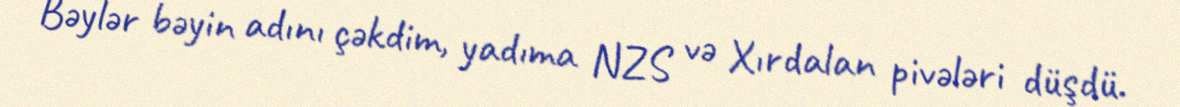
Bəylər bəyin adını çəkdim, yadıma NZS və Xırdalan pivələri düşdü.